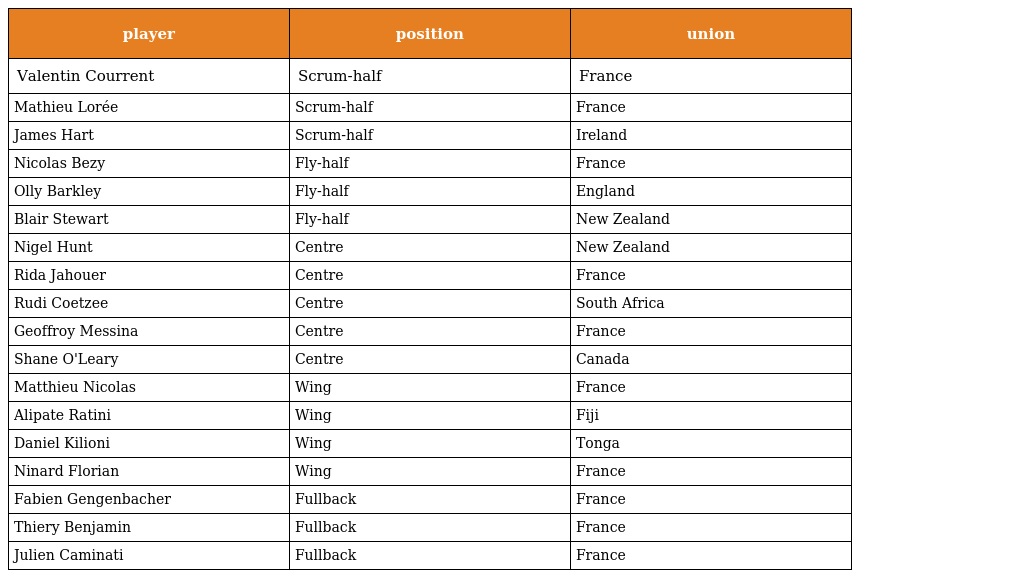
| player | position | union |
 | --- | --- | --- |
 | Valentin Courrent | Scrum-half | France |
 | Mathieu Lorée | Scrum-half | France |
 | James Hart | Scrum-half | Ireland |
 | Nicolas Bezy | Fly-half | France |
 | Olly Barkley | Fly-half | England |
 | Blair Stewart | Fly-half | New Zealand |
 | Nigel Hunt | Centre | New Zealand |
 | Rida Jahouer | Centre | France |
 | Rudi Coetzee | Centre | South Africa |
 | Geoffroy Messina | Centre | France |
 | Shane O'Leary | Centre | Canada |
 | Matthieu Nicolas | Wing | France |
 | Alipate Ratini | Wing | Fiji |
 | Daniel Kilioni | Wing | Tonga |
 | Ninard Florian | Wing | France |
 | Fabien Gengenbacher | Fullback | France |
 | Thiery Benjamin | Fullback | France |
 | Julien Caminati | Fullback | France |